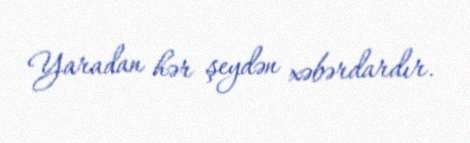
Yaradan hər şeydən xəbərdardır.